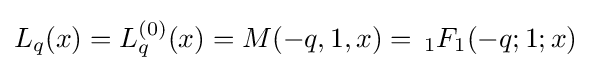
L_{q}(x)=L_{q}^{(0)}(x)=M(-q,1,x)=\,_{1}F_{1}(-q;1;x)